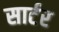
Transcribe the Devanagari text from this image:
सार्टर